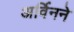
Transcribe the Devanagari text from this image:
अर्विनने